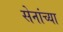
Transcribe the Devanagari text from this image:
सेनांच्या